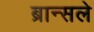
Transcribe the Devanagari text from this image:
ब्रान्सले